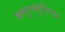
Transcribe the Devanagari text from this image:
स्रष्टुमभूदिच्छा